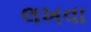
લખવા